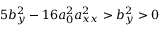
5 b _ { y } ^ { 2 } - 1 6 a _ { 0 } ^ { 2 } a _ { x x } ^ { 2 } > b _ { y } ^ { 2 } > 0